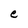
Character: e